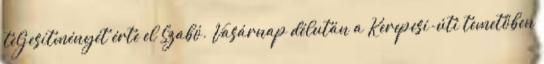
teljesítményét érte el Szabó. Vasárnap délután a Kerepesi-úti temetőben